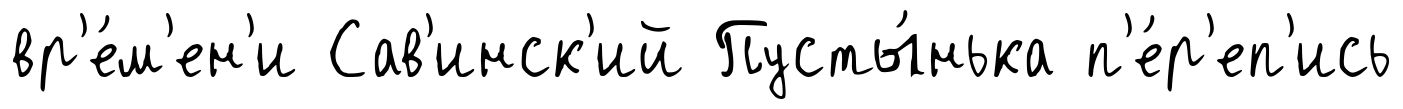
вр'е́м'ен'и Сав'инск'ий Пусты́нька п'е́р'еп'ись